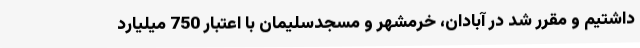
داشتیم و مقرر شد در آبادان،‌ خرمشهر و مسجدسلیمان با اعتبار 750 میلیارد